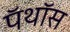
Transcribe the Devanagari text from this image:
पॅथॉस